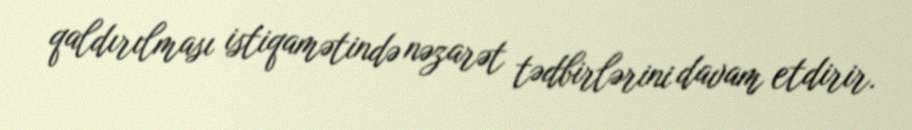
qaldırılması istiqamətində nəzarət tədbirlərini davam etdirir.